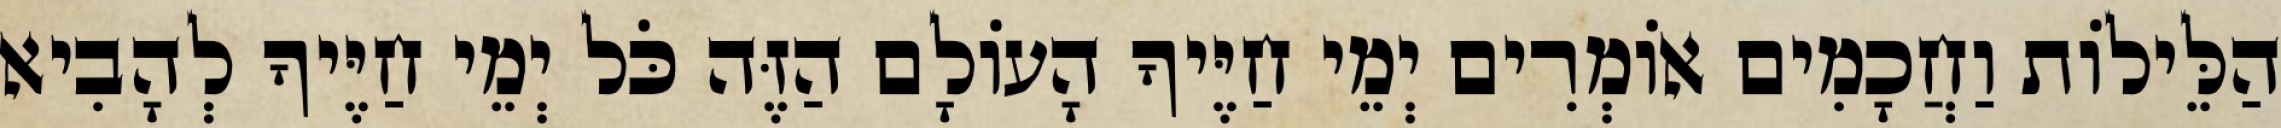
הַלֵּילוֹת וַחֲכָמִים אוֹמְרִים יְמֵי חַיֶּיךָ הָעוֹלָם הַזֶּה כֹּל יְמֵי חַיֶּיךָ לְהָבִיא